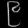
Digit: ၉